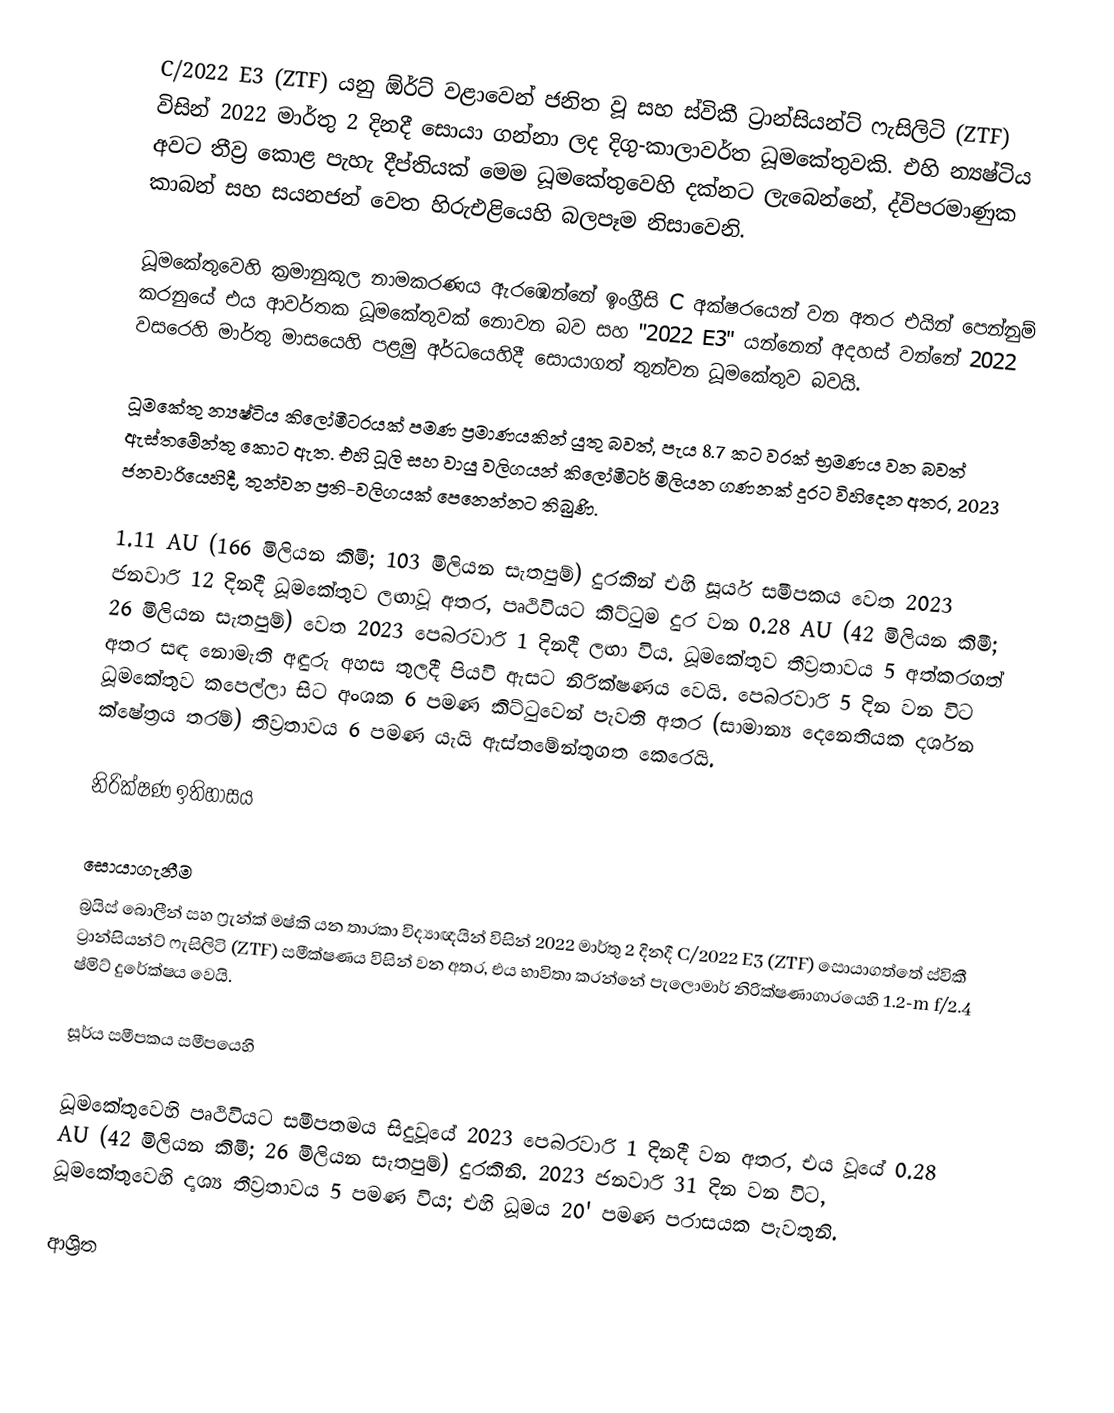
C/2022 E3 (ZTF) යනු ඕර්ට් වළාවෙන් ජනිත වූ සහ ස්විකී ට්‍රාන්සියන්ට් ෆැසිලිටි (ZTF) විසින්  2022 මාර්තු 2 දිනදී සොයා ගන්නා ලද දිගු-කාලාවර්ත ධූමකේතුවකි. එහි  න්‍යෂ්ටිය අවට තීව්‍ර කොළ පැහැ දීප්තියක් මෙම ධූමකේතුවෙහි දක්නට ලැබෙන්නේ, ද්විපරමාණුක කාබන් සහ සයනජන් වෙත හිරුඑළියෙහි බලපෑම නිසාවෙනි.

ධූමකේතුවෙහි  ක්‍රමානුකූල නාමකරණය ඇරඹෙන්නේ ඉංග්‍රීසි C අක්ෂරයෙන් වන අතර එයින් පෙන්නුම් කරනුයේ එය ආවර්තක ධූමකේතුවක් නොවන බව සහ "2022 E3" යන්නෙන් අදහස් වන්නේ 2022 වසරෙහි මාර්තු මාසයෙහි පළමු අර්ධයෙහිදී  සොයාගත් තුන්වන ධූමකේතුව බවයි.

ධූමකේතු න්‍යෂ්ටිය කිලෝමීටරයක් පමණ ප්‍රමාණයකින් යුතු බවත්, පැය 8.7 කට වරක් භ්‍රමණය වන බවත් ඇස්තමේන්තු කොට ඇත.  එහි ධූලි සහ වායු වලිගයන් කිලෝමීටර් මිලියන ගණනක් දුරට විහිදෙන අතර, 2023 ජනවාරියෙහිදී, තුන්වන ප්‍රති-වලිගයක් පෙනෙන්නට තිබුණි.

1.11 AU (166 මිලියන කිමී; 103 මිලියන සැතපුම්) දුරකින් එහි සූර්ය සමීපකය වෙත 2023 ජනවාරි 12 දිනදී ධූමකේතුව ලඟාවූ අතර, පෘථිවියට කිට්ටුම දුර වන 0.28 AU (42 මිලියන කිමී; 26 මිලියන සැතපුම්) වෙත 2023 පෙබරවාරි 1 දිනදී ලඟා විය. ධූමකේතුව තීව්‍රතාවය 5 අත්කරගත්  අතර සඳ නොමැති අඳුරු අහස තුලදී පියවි ඇසට නිරික්ෂණය වෙයි. පෙබරවාරි 5 දින වන විට ධූමකේතුව කපෙල්ලා සිට අංශක 6 පමණ කිට්ටුවෙන් පැවති අතර (සාමාන්‍ය දෙනෙතියක දර්ශන ක්ෂේත්‍රය තරම්) තීව්‍රතාවය 6 පමණ යැයි ඇස්තමේන්තුගත කෙරෙයි.

නිරික්ෂණ ඉතිහාසය

සොයාගැනීම
බ්‍රයිස් බොලීන් සහ ෆ්‍රැන්ක් මෂ්කි යන තාරකා විද්‍යාඥයින් විසින් 2022 මාර්තු 2 දිනදී C/2022 E3 (ZTF) සොයාගත්තේ ස්විකී ට්‍රාන්සියන්ට් ෆැසිලිටි (ZTF) සමීක්ෂණය විසින් වන අතර, එය භාවිතා කරන්නේ  පැලොමාර් නිරික්ෂණාගාරයෙහි 1.2-m f/2.4 ෂ්මිට් දුරේක්ෂය වෙයි.

සූර්ය සමීපකය සමීපයෙහි

ධූමකේතුවෙහි පෘථිවියට සමීපතමය සිදුවූයේ 2023 පෙබරවාරි 1 දිනදී වන අතර, එය වූයේ 0.28 AU (42 මිලියන කිමී; 26 මිලියන සැතපුම්) දුරකිනි. 2023 ජනවාරි 31 දින වන විට, ධූමකේතුවෙහි දෘශ්‍ය තීව්‍රතාවය 5 පමණ විය; එහි ධූමය 20' පමණ පරාසයක පැවතුනි.

ආශ්‍රිත